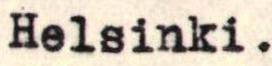
Helsinki.